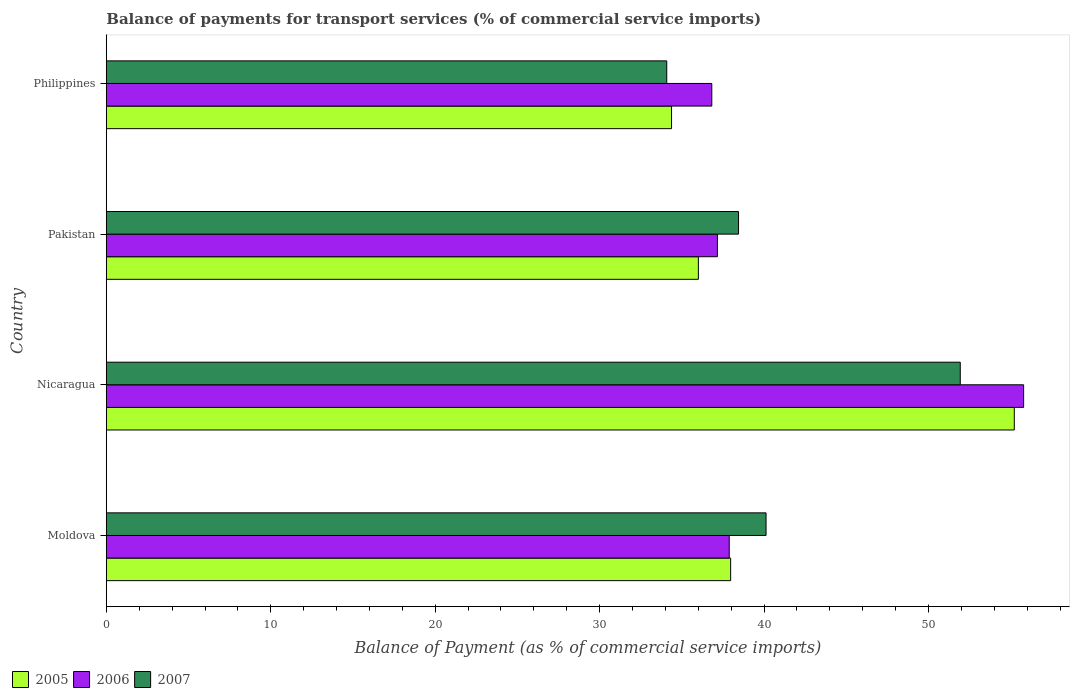
| Country | 2005 | 2006 | 2007 |
 | --- | --- | --- | --- |
 | Moldova | 38 | 37.9 | 40.1 |
 | Nicaragua | 55.2 | 55.8 | 51.9 |
 | Pakistan | 36 | 37.2 | 38.4 |
 | Philippines | 34.4 | 36.8 | 34.1 |